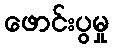
ဖောင်းပွမှု